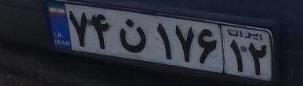
۷۴ن۱۷۶۱۲